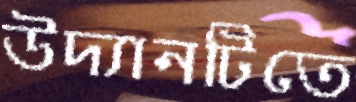
উদ্যানটিতে